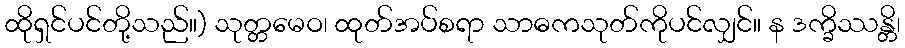
ထိုရှင်ပင်တို့သည်။) သုတ္တမေဝ၊ ထုတ်အပ်စရာ သာဓကသုတ်ကိုပင်လျှင်။ န ဒက္ခိဿန္တိ၊